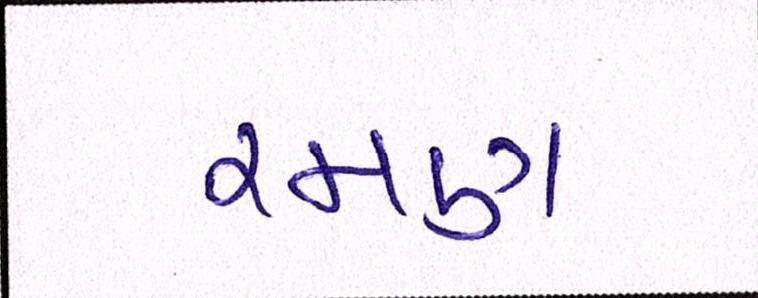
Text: રમણ